Indian journal of veterinary science and animal husbandry - Volumes 18-21, 1948-1951
Year: 1948
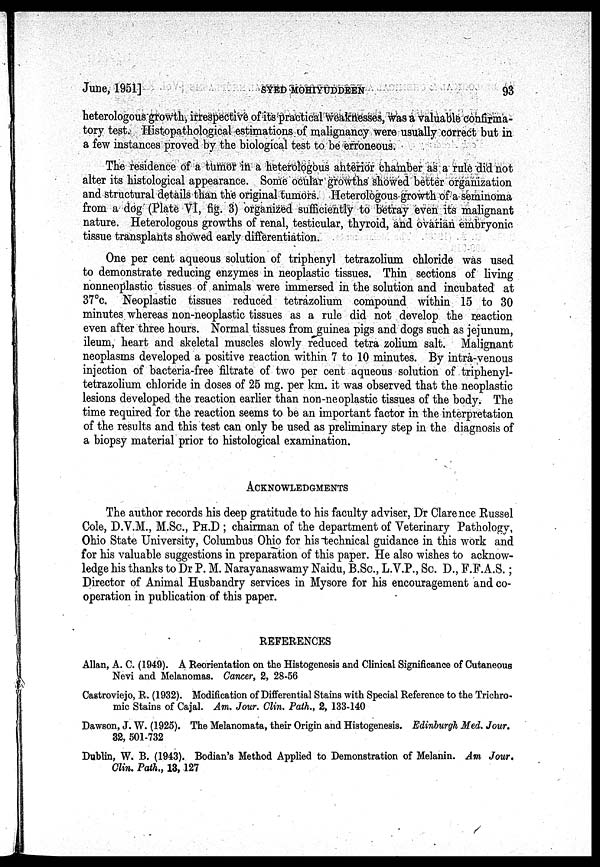
June, 1951]
SYED
MOHIYUDDEEN
93
heterologous growth, irrespective of its practical weaknesses, was a valuable confirma-
tory test. Histopathological estimations of malignancy were usually correct but in
a few instances proved by the biological test to be erroneous.
The residence of a tumor in a heterologous anterior chamber as a rule did not
alter its histological appearance. Some ocular growths showed better organization
and structural details than the original tumors. Heterologous growth of a seminoma
from a dog (Plate VI, fig. 3) organized sufficiently to betray even its malignant
nature. Heterologous growths of renal, testicular, thyroid, and ovarian embryonic
tissue transplants showed early differentiation.
One per cent aqueous solution of triphenyl tetrazolium chloride was used
to demonstrate reducing enzymes in neoplastic tissues. Thin sections of living
nonneoplastic tissues of animals were immersed in the solution and incubated at
37°c. Neoplastic tissues reduced tetrazolium compound within 15 to 30
minutes whereas non-neoplastic tissues as a rule did not develop the reaction
even after three hours. Normal tissues from guinea pigs and dogs such as jejunum,
ileum, heart and skeletal muscles slowly reduced tetra zolium salt. Malignant
neoplasms developed a positive reaction within 7 to 10 minutes. By intra-venous
injection of bacteria-free filtrate of two per cent aqueous solution of triphenyl-
tetrazolium chloride in doses of 25 mg. per km. it was observed that the neoplastic
lesions developed the reaction earlier than non-neoplastic tissues of the body. The
time required for the reaction seems to be an important factor in the interpretation
of the results and this test can only be used as preliminary step in the diagnosis of
a biopsy material prior to histological examination.
ACKNOWLEDGMENTS
The author records his deep gratitude to his faculty adviser, Dr Clarence Russel
Cole, D.V.M., M.Sc., PH.D; chairman of the department of Veterinary Pathology,
Ohio State University, Columbus Ohio for his technical guidance in this work and
for his valuable suggestions in preparation of this paper. He also wishes to acknow-
ledge his thanks to Dr P. M. Narayanaswamy Naidu, B.Sc., L.V.P., Sc. D., F.F.A.S.;
Director of Animal Husbandry services in Mysore for his encouragement and co-
operation in publication of this paper.
REFERENCES
Allan, A. C. (1949). A Reorientation on the Histogenesis and Clinical Significance of Cutaneous
Nevi and Melanomas. Cancer, 2, 28-56
Castroviejo, R. (1932). Modification of Differential Stains with Special Reference to the Trichro-
mic Stains of Cajal. Am. Jour. Clin. Path., 2, 133-140
Dawson, J. W. (1925). The Melanomata, their Origin and Histogenesis. Edinburgh Med. Jour.
32, 501-732
Dublin, W. B. (1943). Bodian's Method Applied to Demonstration of Melanin. Am Jour.
Clin. Path., 13, 127